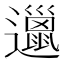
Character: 邋